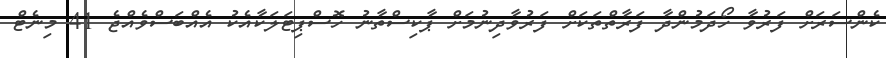
ކެންސަރަށް ފަރުވާ ހޯދަމުންދާ ފަރާތްތަކަށް ފަރުވާދިނުމަށް ޕާކިސްތާނު ހޮސްޕިޓަލަކާއެކު އެއްބަސްވެއްޖެ 41 މިނެޓް